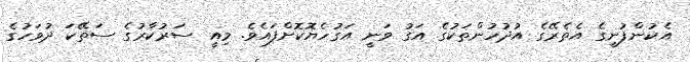
އެކުންފުނީގެ އެތެރޭގެ އުދުހުންތަކުގެ އަގު ވަނީ އަގުހެޔޮކޮށްފައެވެ. މިއީ ސަރުކާރުގެ ސަތޭކަ ދުވަހުގެ